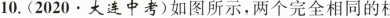
10.(2020·大连中考)如图所示，两个完全相同的柱